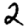
Digit: 2